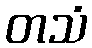
တသံ